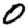
Digit: 0